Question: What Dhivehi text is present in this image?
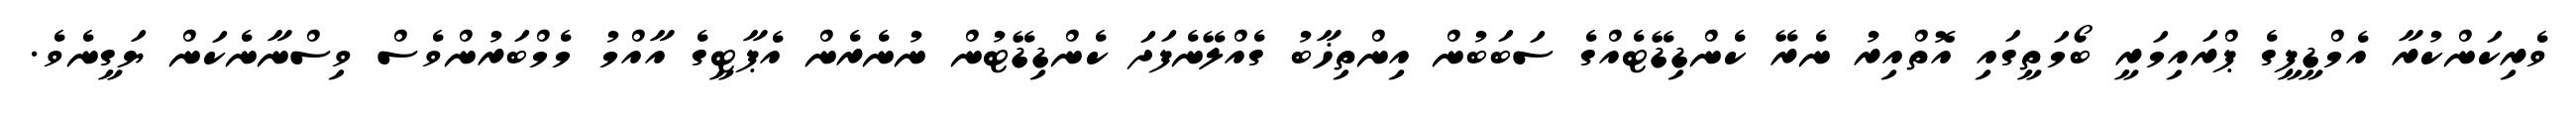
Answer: ވެރިކަންކުރާ އެމްޑީޕީގެ ޕްރައިމަރީ ބޯމަތީގައި އޮތްއިރު ނެރޭ ކެންޑިޑޭޓެއްގެ ސަބަބުން އިންތިޚާބު ގެއްލޭނެފަދަ ކެންޑިޑޭޓުން ނުނެރެން އެޕާޓީގެ އާއްމު މެމްބަރުންވެސް ވިސްނާނެކަން ޔަގީނެވެ.